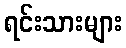
ရင်းသားများ